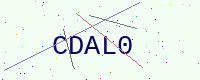
Text: CDAL0